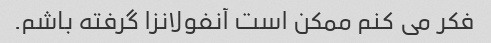
فکر می کنم ممکن است آنفولانزا گرفته باشم.